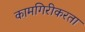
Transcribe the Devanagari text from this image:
कामगिरीकरता